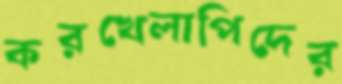
করখেলাপিদের